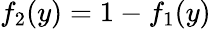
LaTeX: f_{2}(y)=1-f_{1}(y)